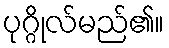
ပုဂ္ဂိုလ်မည်၏။